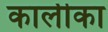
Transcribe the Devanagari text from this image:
कालीका